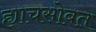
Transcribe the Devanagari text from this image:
ह्याचसोबत